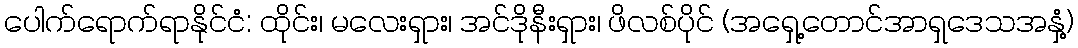
ပေါက်ရောက်ရာနိုင်ငံ: ထိုင်း၊ မလေးရှား၊ အင်ဒိုနီးရှား၊ ဖိလစ်ပိုင် (အရှေ့တောင်အာရှဒေသအနှံ့)